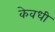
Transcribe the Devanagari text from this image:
केवधी